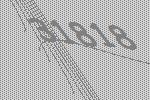
31818